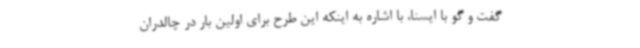
گفت و گو با ایسنا، با اشاره به اینکه این طرح برای اولین بار در چالدران